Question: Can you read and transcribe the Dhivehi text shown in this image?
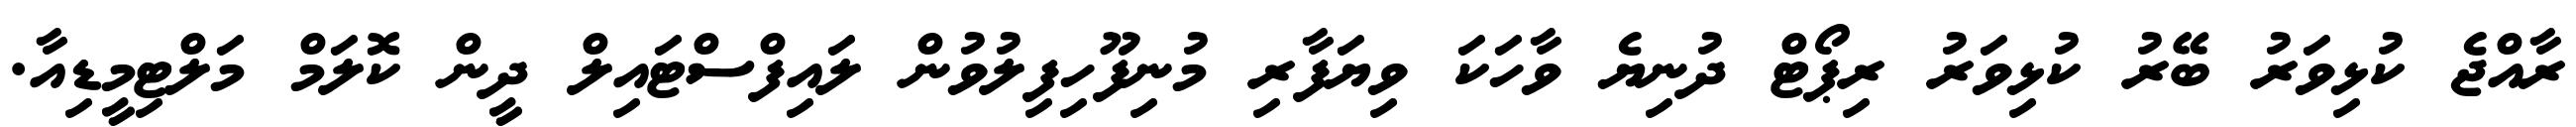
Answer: ރާއްޖެ ކުޅިވަރު ބޭރު ކުޅިވަރު ރިޕޯޓް ދުނިޔެ ވާހަކަ ވިޔަފާރި މުނިފޫހިފިލުވުން ލައިފްސްޓައިލް ދީން ކޮލަމް މަލްޓިމީޑިއާ.